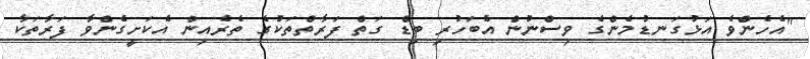
"އެހެންވެ އަޅުގަނޑުމެންގެ ވިސްނުން އެބަހުރި ބިޑް ގަތް ފަރާތްތަކުގެ ތެރެއިން އެކަށީގެންވާ ފަރާތަކާ